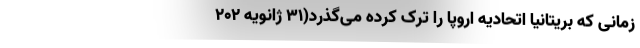
زمانی که بریتانیا اتحادیه اروپا را ترک کرده می‌گذرد(۳۱ ژانویه ۲۰۲